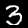
Digit: 3